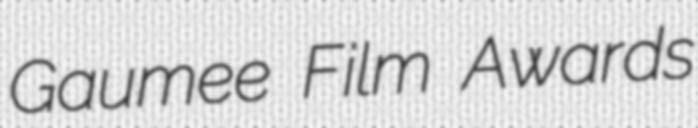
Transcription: Gaumee Film Awards